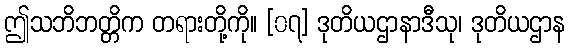
ဤသဘိဘတ္တိက တရားတို့ကို။ [၀၇] ဒုတိယဌာနာဒီသု၊ ဒုတိယဌာန